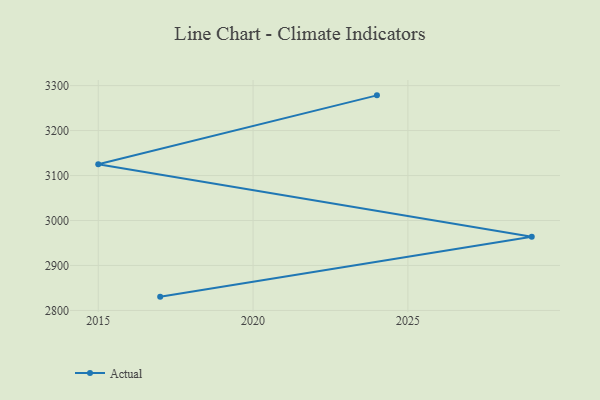
{"axis": {"x": "Year", "y": "Production Output"}, "legend": ["Actual"], "data": [{"x": "2024", "y": 3278.3, "type": "Actual"}, {"x": "2015", "y": 3125.0, "type": "Actual"}, {"x": "2029", "y": 2963.9, "type": "Actual"}, {"x": "2017", "y": 2830.7, "type": "Actual"}]}